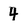
Character: 4